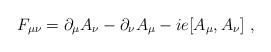
LaTeX: \begin{align*}F_{\mu\nu}= \partial_\mu A_\nu - \partial_\nu A_\mu - i e [A_\mu,A_\nu]\ , \end{align*}